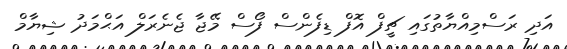
އަދި ރަސްމިއްޔާތުގައި ޗީފް އޮފް ޑިފެންސް ފޯސް މޭޖާ ޖެނެރަލް އަޙްމަދު ޝިޔާމް